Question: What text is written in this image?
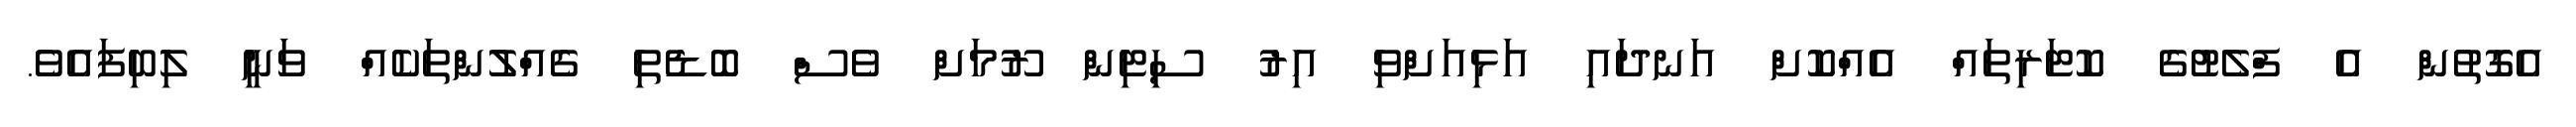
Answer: އެގޮތުން އެ ފްލެޓުގެ ކޮޓަރިތައް އެއްކޮށް އަނދައި އަޅިއަށްވި އިރު ސިޓިން ރޫމަށް ވެސް ބޮޑެތި ގެއްލުންތަކެއް ވަނީ ލިބިފައެވެ.